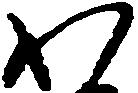
わ